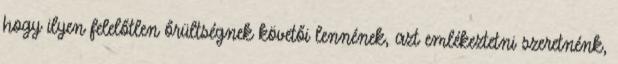
hogy ilyen felelőtlen őrültségnek követői lennének, azt emlékeztetni szeretnénk,